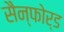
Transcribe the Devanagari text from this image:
सैन्फोर्ड